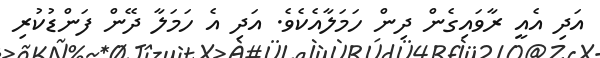
އަދި އެއީ ރާވައިގެން ދިން ހަމަލާއެކެވެ. އަދި އެ ހަމަލާ ދޭން ފަންޑުކުރި